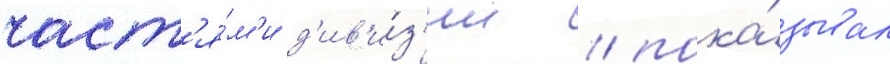
част'я́м'и д'ив'и́з'ии / пока́зывал